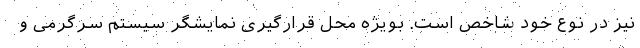
نیز در نوع خود شاخص است. بویژه محل قرارگیری نمایشگر سیستم سرگرمی و